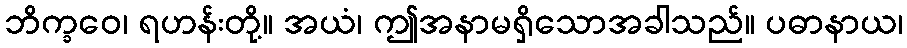
ဘိက္ခဝေ၊ ရဟန်းတို့။ အယံ၊ ဤအနာမရှိသောအခါသည်။ ပဓာနာယ၊